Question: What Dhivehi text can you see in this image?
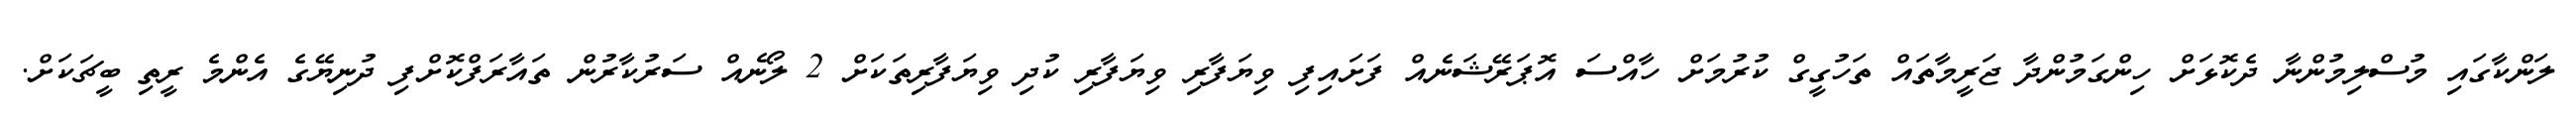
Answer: ލަންކާގައި މުސްލިމުންނާ ދެކޮޅަށް ހިންގަމުންދާ ޖަރީމާތައް ތަހުގީގް ކުރުމަށް ހާއްސަ އޮޕަރޭޝަނެއް ފަށައިފި ވިޔަފާރި ވިޔަފާރި ކުދި ވިޔަފާރިތަކަށް 2 ލޯނެއް ސަރުކާރުން ތައާރަފްކޮށްފި ދުނިޔޭގެ އެންމެ ރީތި ބީޗަކަށް.